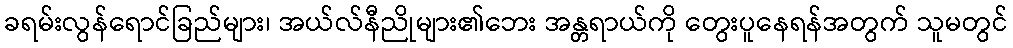
ခရမ်းလွန်ရောင်ခြည်များ၊ အယ်လ်နီညိုများ၏ဘေး အန္တရာယ်ကို တွေးပူနေရန်အတွက် သူမတွင်